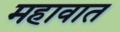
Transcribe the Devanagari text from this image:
महावात